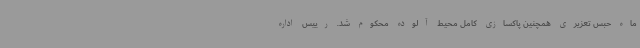
ماه حبس تعزیری همچنین پاکسازی کامل محیط آلوده محکوم شد. رییس اداره